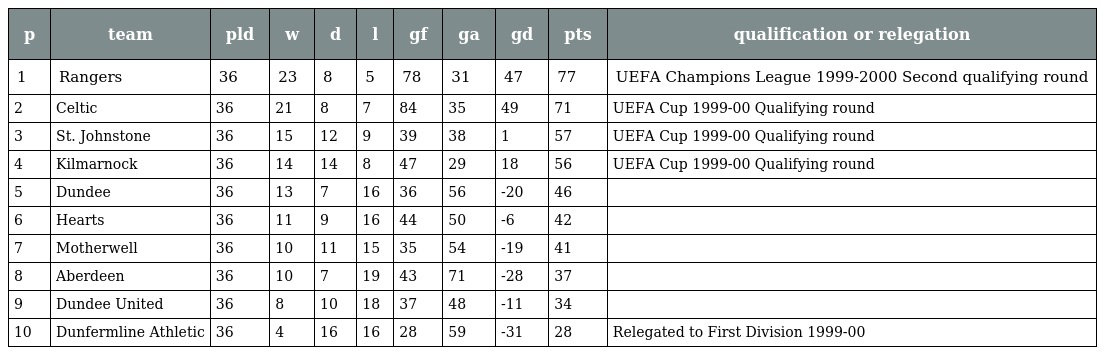
| p | team | pld | w | d | l | gf | ga | gd | pts | qualification or relegation |
 | --- | --- | --- | --- | --- | --- | --- | --- | --- | --- | --- |
 | 1 | Rangers | 36 | 23 | 8 | 5 | 78 | 31 | 47 | 77 | UEFA Champions League 1999-2000 Second qualifying round |
 | 2 | Celtic | 36 | 21 | 8 | 7 | 84 | 35 | 49 | 71 | UEFA Cup 1999-00 Qualifying round |
 | 3 | St. Johnstone | 36 | 15 | 12 | 9 | 39 | 38 | 1 | 57 | UEFA Cup 1999-00 Qualifying round |
 | 4 | Kilmarnock | 36 | 14 | 14 | 8 | 47 | 29 | 18 | 56 | UEFA Cup 1999-00 Qualifying round |
 | 5 | Dundee | 36 | 13 | 7 | 16 | 36 | 56 | -20 | 46 |  |
 | 6 | Hearts | 36 | 11 | 9 | 16 | 44 | 50 | -6 | 42 |  |
 | 7 | Motherwell | 36 | 10 | 11 | 15 | 35 | 54 | -19 | 41 |  |
 | 8 | Aberdeen | 36 | 10 | 7 | 19 | 43 | 71 | -28 | 37 |  |
 | 9 | Dundee United | 36 | 8 | 10 | 18 | 37 | 48 | -11 | 34 |  |
 | 10 | Dunfermline Athletic | 36 | 4 | 16 | 16 | 28 | 59 | -31 | 28 | Relegated to First Division 1999-00 |